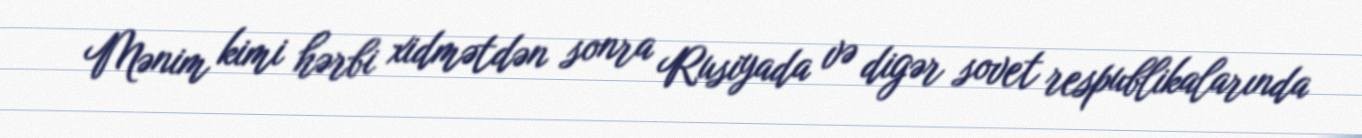
Mənim kimi hərbi xidmətdən sonra Rusiyada və digər sovet respublikalarında